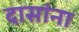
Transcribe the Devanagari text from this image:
दासांना